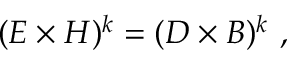
( E \times H ) ^ { k } = ( D \times B ) ^ { k } \ ,